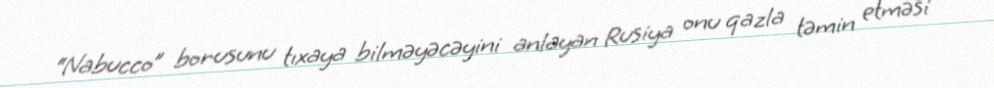
“Nabucco” borusunu tıxaya bilməyəcəyini anlayan Rusiya onu qazla təmin etməsi